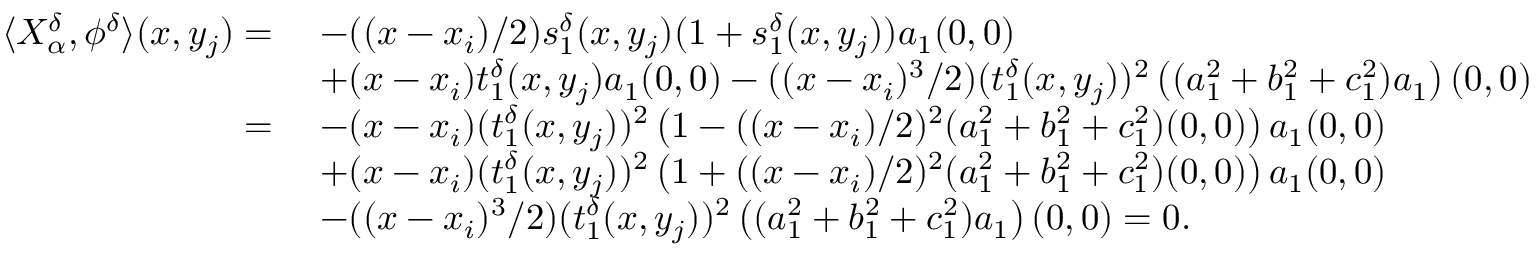
\begin{array} { r l } { \langle X _ { \alpha } ^ { \delta } , \phi ^ { \delta } \rangle ( x , y _ { j } ) = \; } & { - ( ( x - x _ { i } ) / 2 ) s _ { 1 } ^ { \delta } ( x , y _ { j } ) ( 1 + s _ { 1 } ^ { \delta } ( x , y _ { j } ) ) a _ { 1 } ( 0 , 0 ) } \\ & { + ( x - x _ { i } ) t _ { 1 } ^ { \delta } ( x , y _ { j } ) a _ { 1 } ( 0 , 0 ) - ( ( x - x _ { i } ) ^ { 3 } / 2 ) ( t _ { 1 } ^ { \delta } ( x , y _ { j } ) ) ^ { 2 } \left( ( a _ { 1 } ^ { 2 } + b _ { 1 } ^ { 2 } + c _ { 1 } ^ { 2 } ) a _ { 1 } \right) ( 0 , 0 ) } \\ { = \; } & { - ( x - x _ { i } ) ( t _ { 1 } ^ { \delta } ( x , y _ { j } ) ) ^ { 2 } \left( 1 - ( ( x - x _ { i } ) / 2 ) ^ { 2 } ( a _ { 1 } ^ { 2 } + b _ { 1 } ^ { 2 } + c _ { 1 } ^ { 2 } ) ( 0 , 0 ) \right) a _ { 1 } ( 0 , 0 ) } \\ & { + ( x - x _ { i } ) ( t _ { 1 } ^ { \delta } ( x , y _ { j } ) ) ^ { 2 } \left( 1 + ( ( x - x _ { i } ) / 2 ) ^ { 2 } ( a _ { 1 } ^ { 2 } + b _ { 1 } ^ { 2 } + c _ { 1 } ^ { 2 } ) ( 0 , 0 ) \right) a _ { 1 } ( 0 , 0 ) } \\ & { - ( ( x - x _ { i } ) ^ { 3 } / 2 ) ( t _ { 1 } ^ { \delta } ( x , y _ { j } ) ) ^ { 2 } \left( ( a _ { 1 } ^ { 2 } + b _ { 1 } ^ { 2 } + c _ { 1 } ^ { 2 } ) a _ { 1 } \right) ( 0 , 0 ) = 0 . } \end{array}